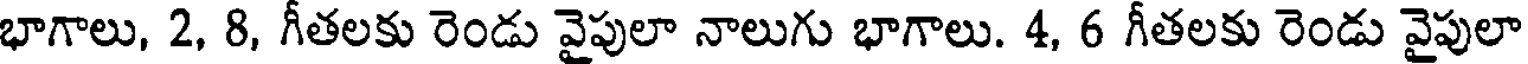
భాగాలు, 2, 8, గీతలకు రెండు వైపులా నాలుగు భాగాలు. 4, 6 గీతలకు రెండు వైపులా